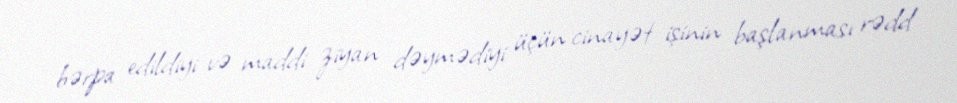
bərpa edildiyi və maddi ziyan dəymədiyi üçün cinayət işinin başlanması rədd